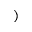
)